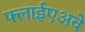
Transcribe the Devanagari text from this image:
फ्लाईएअवे